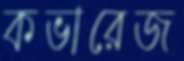
কভারেজ